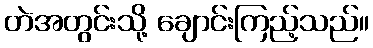
တဲအတွင်းသို့ ချောင်းကြည့်သည်။